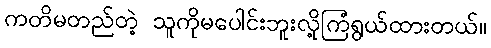
ကတိမတည်တဲ့ သူကိုမပေါင်းဘူးလို့ကြံရွယ်ထားတယ်။